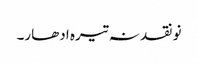
نو نقد نہ تیرہ ادھار۔